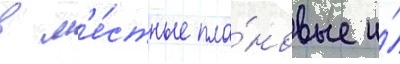
в м'е́стные пла́новые и́